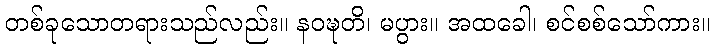
တစ်ခုသောတရားသည်လည်း။ နဝဍ္ဎတိ၊ မပွား။ အထခေါ၊ စင်စစ်သော်ကား။